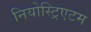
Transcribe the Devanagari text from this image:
नियोस्ट्रिएटम